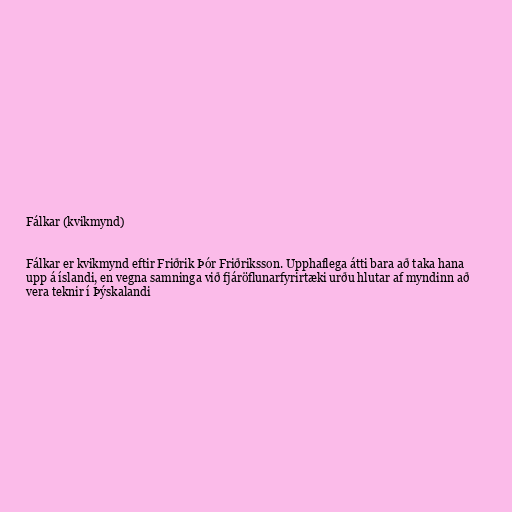
Fálkar (kvikmynd)

Fálkar er kvikmynd eftir Friðrik Þór Friðriksson. Upphaflega átti bara að taka hana
upp á íslandi, en vegna samninga við fjáröflunarfyrirtæki urðu hlutar af myndinn að
vera teknir í Þýskalandi